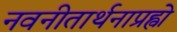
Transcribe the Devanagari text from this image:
नवनीतार्थनाप्रह्वो